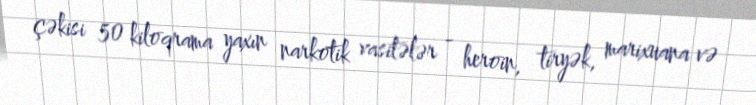
çəkisi 50 kiloqrama yaxın narkotik vasitələr - heroin, tiryək, marixuana və